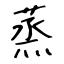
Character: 蒸